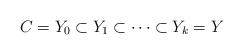
LaTeX: \begin{align*} C=Y_0 \subset Y_1 \subset \dots \subset Y_k=Y\end{align*}